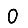
Digit: 0